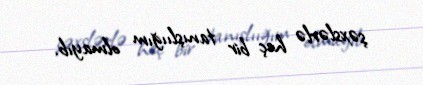
şəxslərlə heç bir tanışlıığım olmayıb.